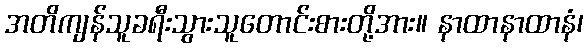
အတိကျန်သူခရီးသွားသူတောင်းစားတို့အား။ နာထာနာထာနံ၊